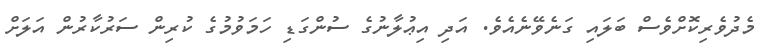
މެދުވެރިކޮށްވެސް ބަލައި ގަނެވޭނެއެވެ. އަދި އިޢުލާނުގެ ސުންގަޑި ހަމަވުމުގެ ކުރިން ސަރުކާރުން އަލަށް